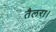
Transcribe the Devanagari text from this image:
तैलरा।